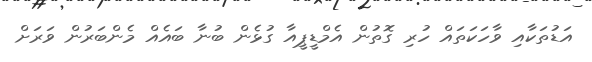
އަޑުތަކާއި ވާހަކަތައް ހުރި ގޮތުން އެމްޑީޕީއާ ގުޅެން ބުނާ ބައެއް މެންބަރުން ވަރަށް